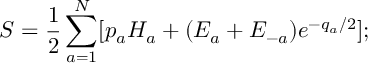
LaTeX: S = { \frac { 1 } { 2 } } \sum _ { a = 1 } ^ { N } [ p _ { a } H _ { a } + ( E _ { a } + E _ { - a } ) { e ^ { - q _ { a } / 2 } } ] ;